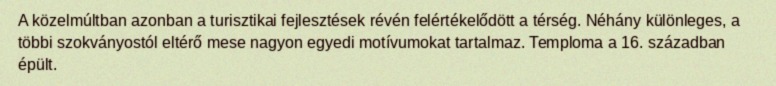
A közelmúltban azonban a turisztikai fejlesztések révén felértékelődött a térség. Néhány különleges, a többi szokványostól eltérő mese nagyon egyedi motívumokat tartalmaz. Temploma a 16. században épült.